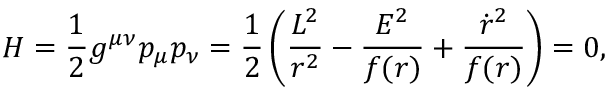
H = \frac { 1 } { 2 } g ^ { \mu \nu } p _ { \mu } p _ { \nu } = \frac { 1 } { 2 } \left( \frac { L ^ { 2 } } { r ^ { 2 } } - \frac { E ^ { 2 } } { f ( r ) } + \frac { \dot { r } ^ { 2 } } { f ( r ) } \right) = 0 ,